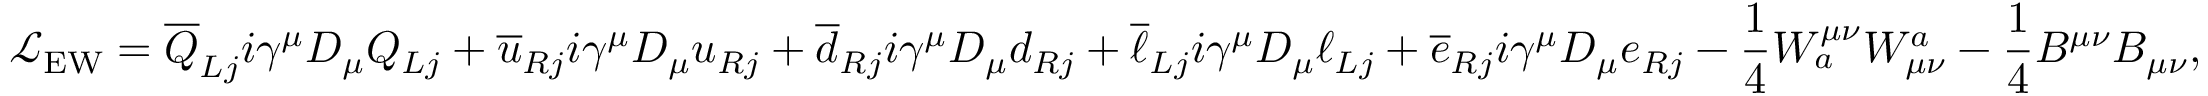
{ \mathcal { L } } _ { \mathrm { E W } } = { \overline { { Q } } } _ { L j } i \gamma ^ { \mu } D _ { \mu } Q _ { L j } + { \overline { { u } } } _ { R j } i \gamma ^ { \mu } D _ { \mu } u _ { R j } + { \overline { { d } } } _ { R j } i \gamma ^ { \mu } D _ { \mu } d _ { R j } + { \overline { { \ell } } } _ { L j } i \gamma ^ { \mu } D _ { \mu } \ell _ { L j } + { \overline { { e } } } _ { R j } i \gamma ^ { \mu } D _ { \mu } e _ { R j } - { \frac { 1 } { 4 } } W _ { a } ^ { \mu \nu } W _ { \mu \nu } ^ { a } - { \frac { 1 } { 4 } } B ^ { \mu \nu } B _ { \mu \nu } ,